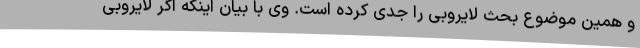
و همین موضوع بحث لایروبی را جدی کرده است. وی با بیان اینکه اگر لایروبی